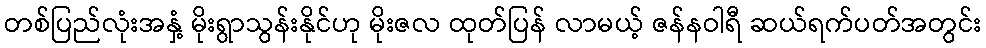
တစ်ပြည်လုံးအနှံ့ မိုးရွာသွန်းနိုင်ဟု မိုးဇလ ထုတ်ပြန် လာမယ့် ဇန်နဝါရီ ဆယ်ရက်ပတ်အတွင်း